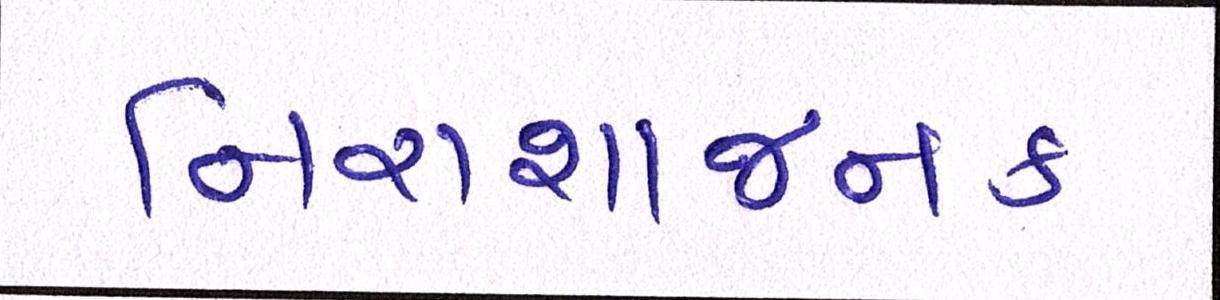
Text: નિરાશાજનક